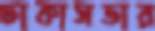
ঢাকাসভার